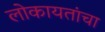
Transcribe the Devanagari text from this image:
लोकायतांचा